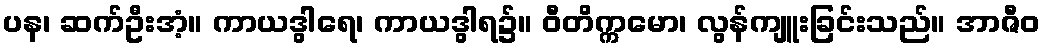
ပန၊ ဆက်ဦးအံ့။ ကာယဒွါရေ၊ ကာယဒွါရ၌။ ဝီတိက္ကမော၊ လွန်ကျူးခြင်းသည်။ အာဇီဝ